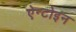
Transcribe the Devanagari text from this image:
ऐन्टोइन